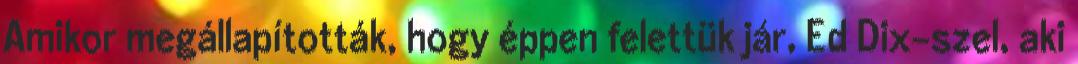
Amikor megállapították, hogy éppen felettük jár, Ed Dix-szel, aki